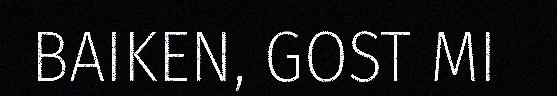
BAIKEN, GOST MI